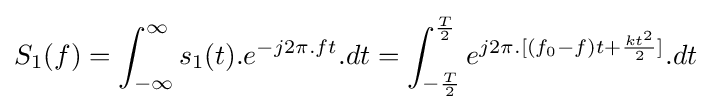
S_{1}(f)=\int _{-\infty }^{\infty }s_{1}(t).e^{-j2\pi .ft}.dt=\int _{-{\frac {T}{2}}}^{\frac {T}{2}}e^{j2\pi .[(f_{0}-f)t+{\frac {kt^{2}}{2}}]}.dt